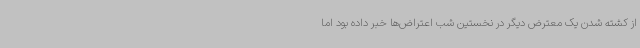
از کشته شدن یک معترض دیگر در نخستین شب اعتراض‌ها خبر داده بود اما